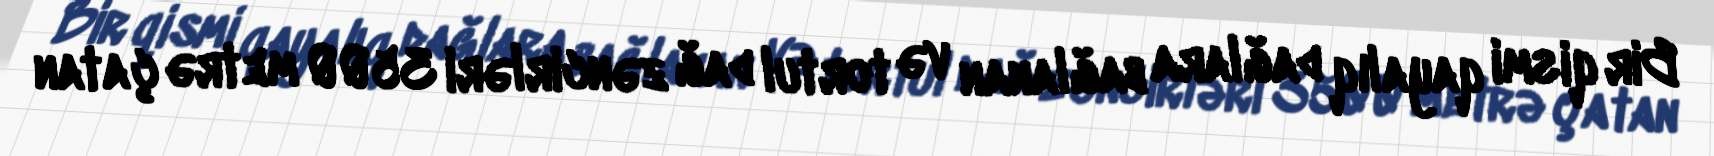
Bir qismi qayalıq dağlara bağlanan və tortul dağ zəncirləri 3500 metrə çatan